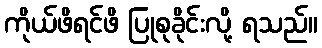
ကိုယ်ဖိရင်ဖိ ပြုစုခိုင်းလို့ ရသည်။